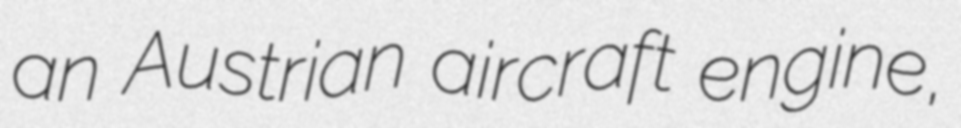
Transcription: an Austrian aircraft engine,